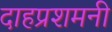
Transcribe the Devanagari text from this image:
दाहप्रशमनी